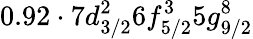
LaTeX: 0.92\cdot 7d_{3/2}^{2}6f_{5/2}^{3}5g_{9/2}^{8}